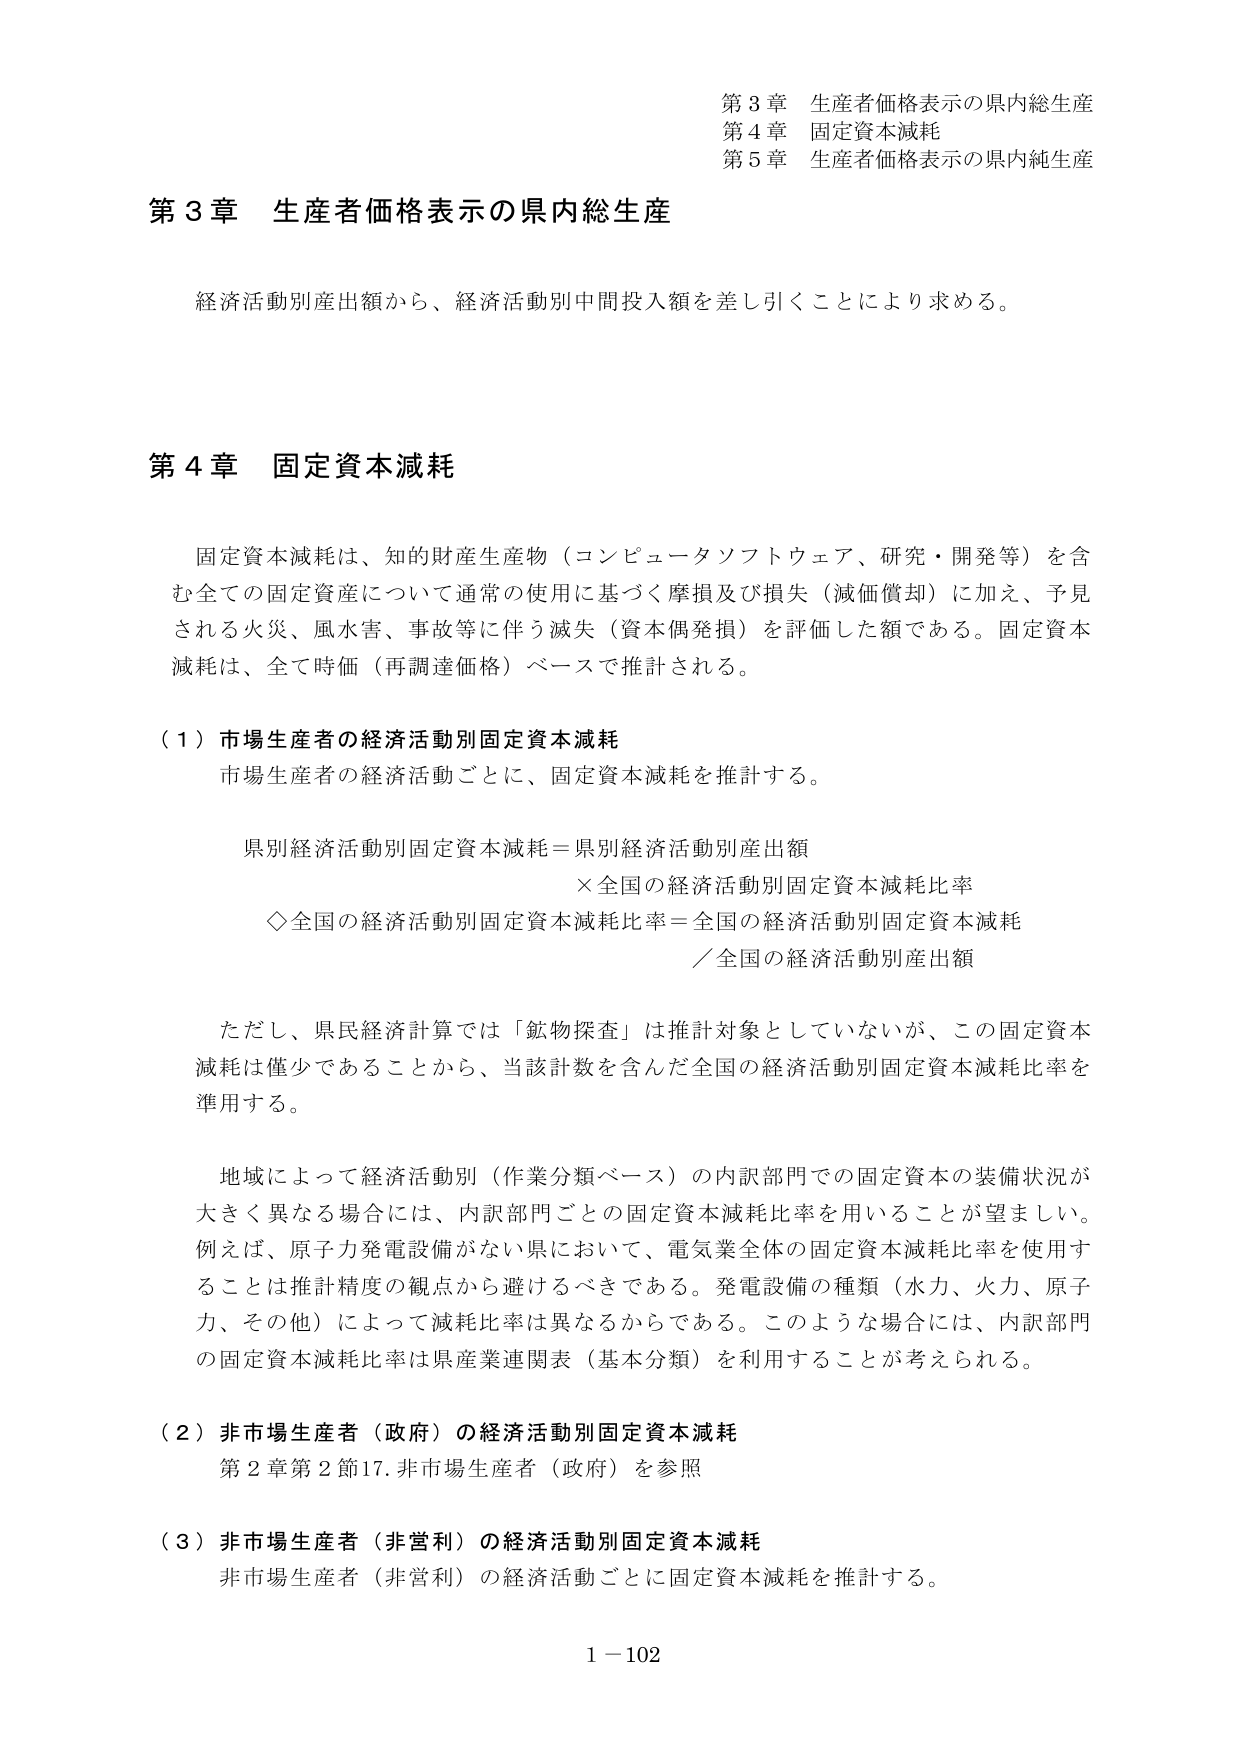
第3章 生産者価格表示の県内総生産
第4章 固定資本減耗
第5章 生産者価格表示の県内純生産

第3章 生産者価格表示の県内総生産

経済活動別産出額から、経済活動別中間投入額を差し引くことにより求める。

第4章 固定資本減耗

固定資本減耗は、知的財産生産物（コンピュータソフトウェア、研究・開発等）を含む全ての固定資産について通常の使用に基づく摩損及び損失（減価償却）に加え、予見される火災、風水害、事故等に伴う滅失（資本偶発損）を評価した額である。固定資本減耗は、全て時価（再調達価格）ベースで推計される。

（1）市場生産者の経済活動別固定資本減耗
市場生産者の経済活動ごとに、固定資本減耗を推計する。

県別経済活動別固定資本減耗＝県別経済活動別産出額
　　×全国の経済活動別固定資本減耗比率
◇全国の経済活動別固定資本減耗比率＝全国の経済活動別固定資本減耗
　　／全国の経済活動別産出額

ただし、県民経済計算では「鉱物探査」は推計対象としていないが、この固定資本減耗は僅少であることから、当該計数を含んだ全国の経済活動別固定資本減耗比率を準用する。

地域によって経済活動別（作業分類ベース）の内訳部門での固定資本の装備状況が大きく異なる場合には、内訳部門ごとの固定資本減耗比率を用いることが望ましい。例えば、原子力発電設備がない県において、電気業全体の固定資本減耗比率を使用することは推計精度の観点から避けるべきである。発電設備の種類（水力、火力、原子力、その他）によって減耗比率は異なるからである。このような場合には、内訳部門の固定資本減耗比率は県産業連関表（基本分類）を利用することが考えられる。

（2）非市場生産者（政府）の経済活動別固定資本減耗
第2章第2節17. 非市場生産者（政府）を参照

（3）非市場生産者（非営利）の経済活動別固定資本減耗
非市場生産者（非営利）の経済活動ごとに固定資本減耗を推計する。

1－102